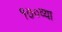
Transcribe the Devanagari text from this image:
१७०व्या